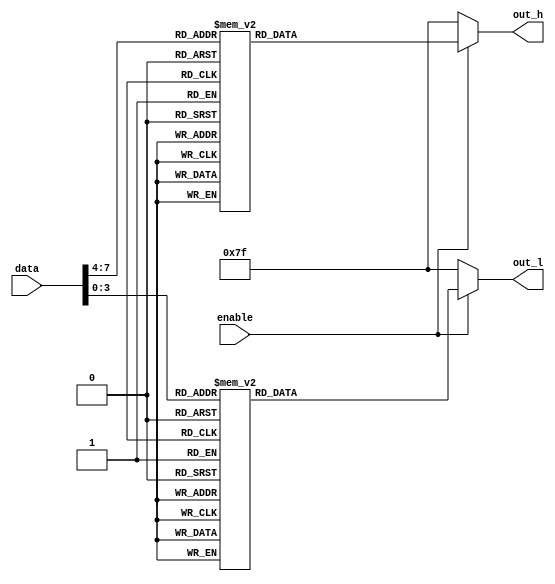
module light(data,out_h,out_l,enable);
	input [7:0] data;
	input enable;
	output reg [6:0] out_l,out_h;
	always @(*)
	begin
		if(enable)
		begin
			case(data[7:4])
					0: out_h=7'b1000000;
					1: out_h=7'b1111001;				
					2: out_h=7'b0100100;              
					3: out_h=7'b0110000;              
					4: out_h=7'b0011001;              
					5: out_h=7'b0010010;              
					6: out_h=7'b0000010;              
					7: out_h=7'b1111000;              
					8: out_h=7'b0000000;              
					9: out_h=7'b0010000;
					10: out_h=7'b0001000;
					11: out_h=7'b0000011;
					12: out_h=7'b1000110;
					13: out_h=7'b0100001;
					14: out_h=7'b0000110;
					15: out_h=7'b0001110;
					default: out_h=7'b1000000;
			endcase
			case(data[3:0])
					0: out_l=7'b1000000;
					1: out_l=7'b1111001;				
					2: out_l=7'b0100100;              
					3: out_l=7'b0110000;              
					4: out_l=7'b0011001;              
					5: out_l=7'b0010010;              
					6: out_l=7'b0000010;              
					7: out_l=7'b1111000;              
					8: out_l=7'b0000000;              
					9: out_l=7'b0010000;   
					10: out_l=7'b0001000;
					11: out_l=7'b0000011;
					12: out_l=7'b1000110;
					13: out_l=7'b0100001;
					14: out_l=7'b0000110;
					15: out_l=7'b0001110;
					default: out_l=7'b1000000;
			endcase		
		end
		else
		begin
			out_h = 7'b1111111;
			out_l = 7'b1111111;
		end
	end
endmodule